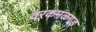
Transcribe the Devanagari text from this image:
वरकमळगड